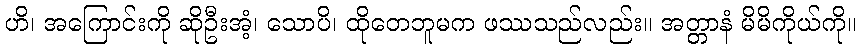
ဟိ၊ အကြောင်းကို ဆိုဦးအံ့၊ သောပိ၊ ထိုတေဘူမက ဖဿသည်လည်း။ အတ္တာနံ မိမိကိုယ်ကို။